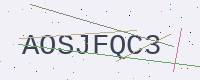
Text: AOSJFQC3